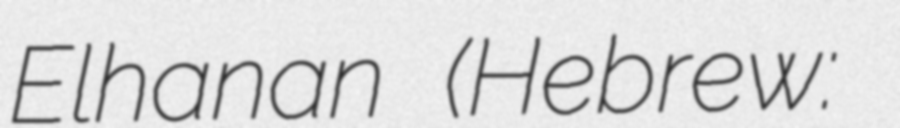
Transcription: Elhanan (Hebrew: רמי